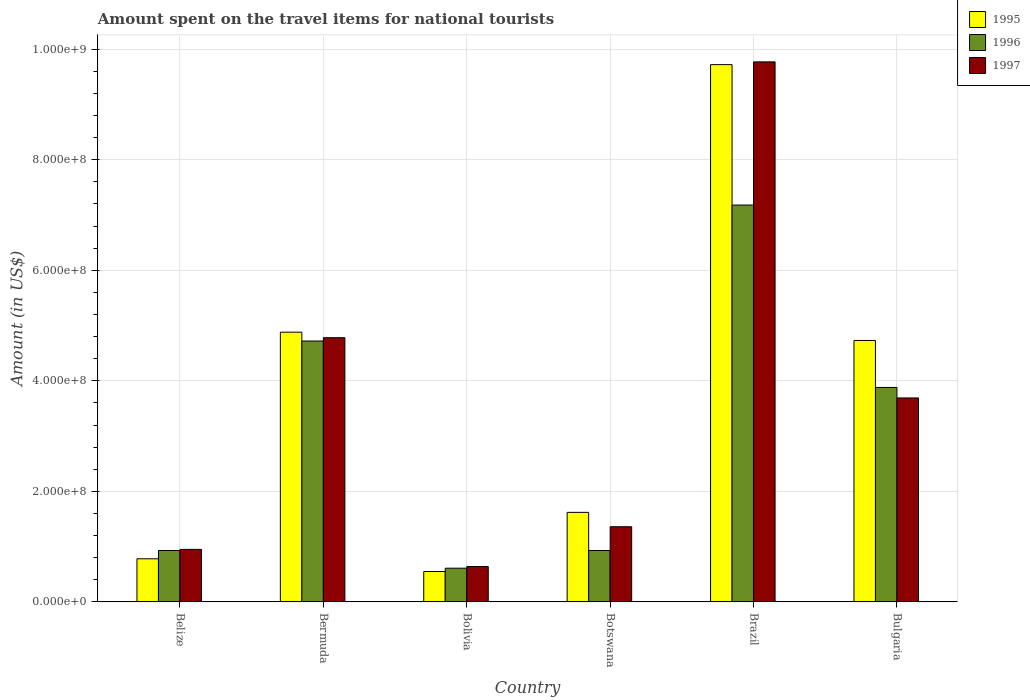
| Country | 1995 | 1996 | 1997 |
 | --- | --- | --- | --- |
 | Belize | 7.8e+07 | 9.3e+07 | 9.5e+07 |
 | Bermuda | 4.88e+08 | 4.72e+08 | 4.78e+08 |
 | Bolivia | 5.5e+07 | 6.1e+07 | 6.4e+07 |
 | Botswana | 1.62e+08 | 9.3e+07 | 1.36e+08 |
 | Brazil | 9.72e+08 | 7.18e+08 | 9.77e+08 |
 | Bulgaria | 4.73e+08 | 3.88e+08 | 3.69e+08 |